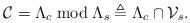
LaTeX: \begin{align*}\mathcal{C}=\Lambda_{c}\bmod\Lambda_{s}\triangleq\Lambda_{c}\cap\mathcal{V}_{s}.\end{align*}